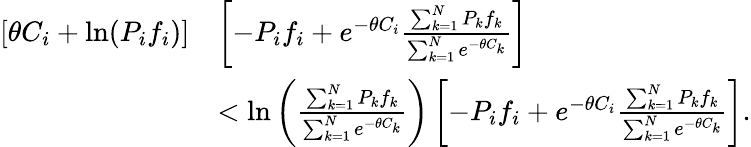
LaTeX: \begin{array}{rl}{[\theta C_{i}+\mathrm{ln}(P_{i}f_{i})]}&{\left[-P_{i}f_{i}+e^{-\theta C_{i}}\frac{\sum_{k=1}^{N}P_{k}f_{k}}{\sum_{k=1}^{N}e^{-\theta C_{k}}}\right]}\\ &{<\mathrm{ln}\left(\frac{\sum_{k=1}^{N}P_{k}f_{k}}{\sum_{k=1}^{N}e^{-\theta C_{k}}}\right)\left[-P_{i}f_{i}+e^{-\theta C_{i}}\frac{\sum_{k=1}^{N}P_{k}f_{k}}{\sum_{k=1}^{N}e^{-\theta C_{k}}}\right].}\end{array}